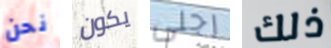
نحن يكون رجلى ذلك